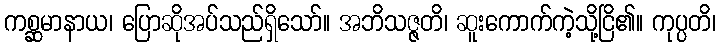
ကစ္ဆမာနာယ၊ ပြောဆိုအပ်သည်ရှိသော်။ အဘိသဇ္ဇတိ၊ ဆူးကောက်ကဲ့သို့ငြိ၏။ ကုပ္ပတိ၊